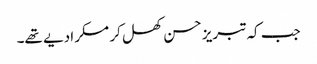
جب کہ تبریز حسن کھل کر مسکرا دیے تھے۔